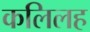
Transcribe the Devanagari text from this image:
कलिलह